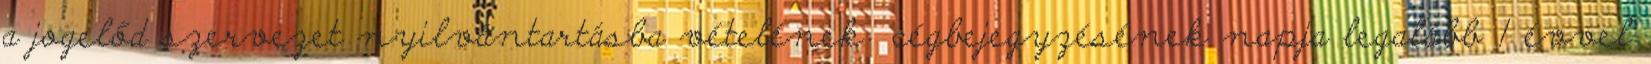
a jogelőd szervezet nyilvántartásba vételének cégbejegyzésének napja legalább 1 évvel